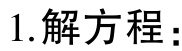
1. 解方程：